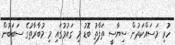
ހުރި މަސައްކަތުން ސިޔާސީ ތަފާތު ބޮޑު މި ގައުމުގައި މި މުބާރާތުގެ ސަބަބުން